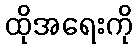
ထိုအရေးကို